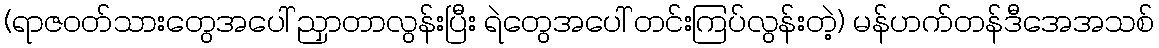
(ရာဇဝတ်သားတွေအပေါ် ညှာတာလွန်းပြီး ရဲတွေအပေါ် တင်းကြပ်လွန်းတဲ့) မန်ဟက်တန်ဒီအေအသစ်